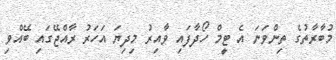
މުބާރާތުގެ ތިންވަނަ އެ ޓީމް ހޯދާފައި ވާއިރު މިދިޔަ އަހަރު ރާއްޖޭގައި ބޭއްވި